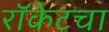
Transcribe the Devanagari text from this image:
रॉकेटचा